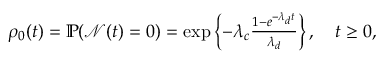
\begin{array} { r } { \rho _ { 0 } ( t ) = \mathbb { P } ( \mathcal { N } ( t ) = 0 ) = \exp \left\{ - \lambda _ { c } \frac { 1 - e ^ { - \lambda _ { d } t } } { \lambda _ { d } } \right\} , \quad t \geq 0 , } \end{array}